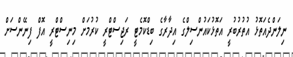
ނިލަންދެއަތޮޅު އުތުރުބުރީ އަތޮޅުކައުންސިލްގެ އިދާރާގެ ބިޑްކޮމެޓީ ރަޖިސްޓްރީ ކުރުމަށް މިނިސްޓްރީ އޮފް ފިނޭންސަށް